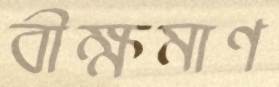
বীক্ষমাণ